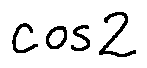
\cos 2